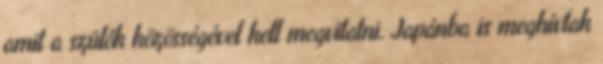
amit a szülők közösségével kell megvitatni. Japánba is meghívtak